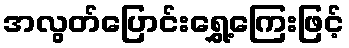
အလွတ်ပြောင်းရွှေ့ကြေးဖြင့်